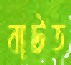
বাটত